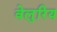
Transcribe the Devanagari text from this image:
वेलुरिय